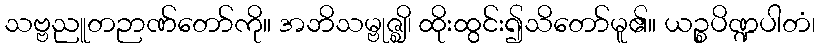
သဗ္ဗညူတဉာဏ်တော်ကို။ အဘိသမ္ဗုဇ္ဈိ၊ ထိုးထွင်း၍သိတော်မူ၏။ ယဉ္စပိဏ္ဍပါတံ၊